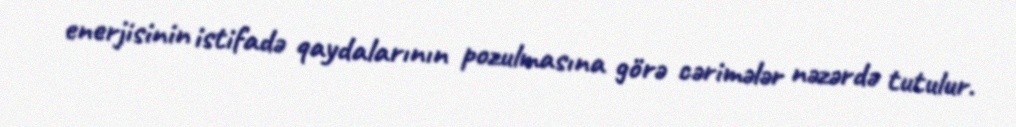
enerjisinin istifadə qaydalarının pozulmasına görə cərimələr nəzərdə tutulur.